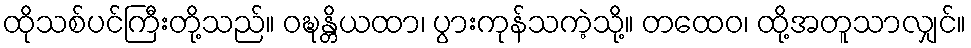
ထိုသစ်ပင်ကြီးတို့သည်။ ဝဍ္ဎန္တိယထာ၊ ပွားကုန်သကဲ့သို့။ တထေဝ၊ ထို့အတူသာလျှင်။